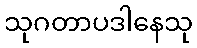
သုဂတာပဒါနေသု